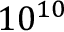
1 0 ^ { 1 0 }